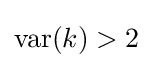
\operatorname {var} (k)>2